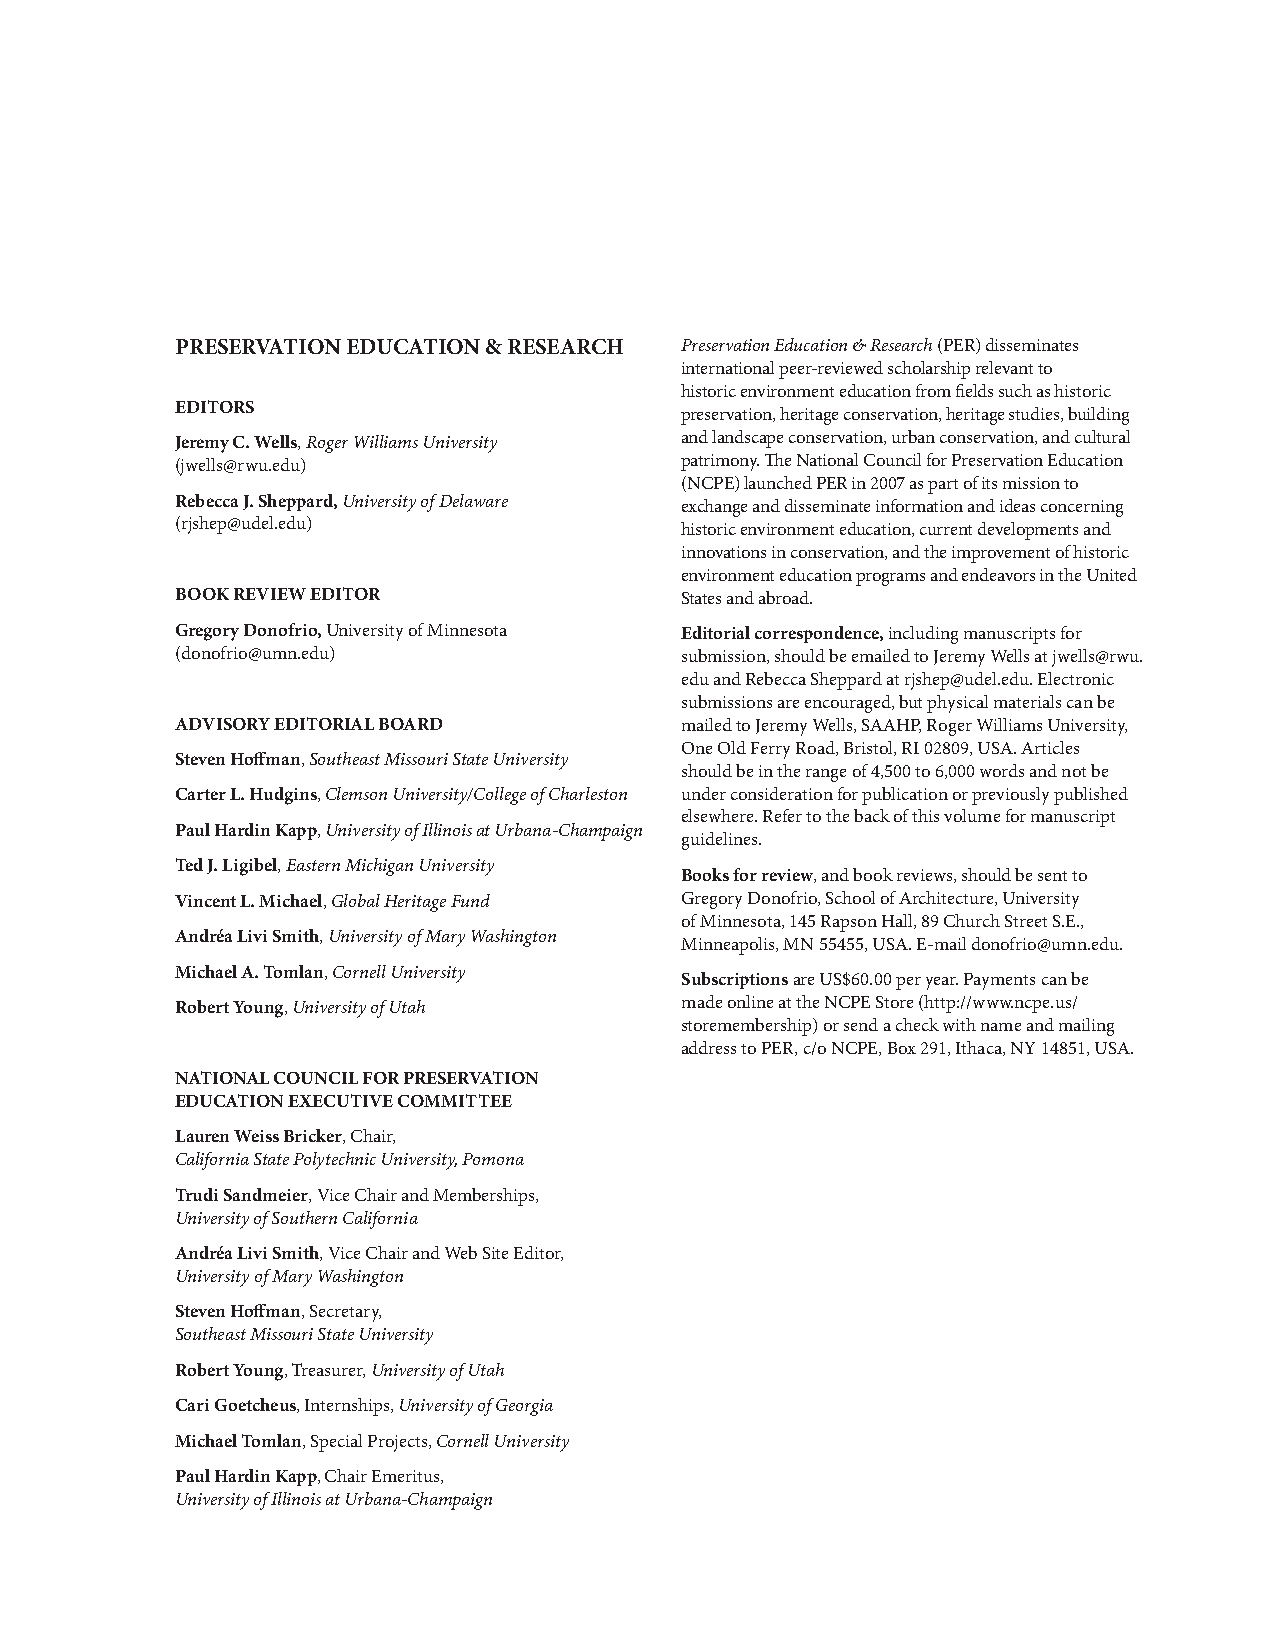
PRESERVATION EDUCATION & RESEARCH Preservation Education & Research (PER) disseminates
 international peer-reviewed scholarship relevant to
 historic environment education from fields such as historic
 EDITORS
 preservation, heritage conservation, heritage studies, building
 Jeremy C. Wells, Roger Williams University and landscape conservation, urban conservation, and cultural
 (jwells@rwu.edu)                 patrimony. The National Council for Preservation Education
 (NCPE) launched PER in 2007 as part of its mission to
 Rebecca J. Sheppard, University of Delaware exchange and disseminate information and ideas concerning
 (rjshep@udel.edu)                historic environment education, current developments and
 innovations in conservation, and the improvement of historic
 environment education programs and endeavors in the United
 BOOK REVIEW EDITOR               States and abroad.
 Gregory Donofrio, University of Minnesota Editorial correspondence, including manuscripts for
 (donofrio@umn.edu)               submission, should be emailed to Jeremy Wells at jwells@rwu.
 edu and Rebecca Sheppard at rjshep@udel.edu. Electronic
 submissions are encouraged, but physical materials can be
 ADVISORY EDITORIAL BOARD         mailed to Jeremy Wells, SAAHP, Roger Williams University,
 One Old Ferry Road, Bristol, RI 02809, USA. Articles
 Steven Hoffman, Southeast Missouri State University
 should be in the range of 4,500 to 6,000 words and not be
 Carter L. Hudgins, Clemson University/College of Charleston under consideration for publication or previously published
 elsewhere. Refer to the back of this volume for manuscript
 Paul Hardin Kapp, University of Illinois at Urbana-Champaign
 guidelines.
 Ted J. Ligibel, Eastern Michigan University
 Books for review, and book reviews, should be sent to
 Vincent L. Michael, Global Heritage Fund Gregory Donofrio, School of Architecture, University
 of Minnesota, 145 Rapson Hall, 89 Church Street S.E.,
 Andréa Livi Smith, University of Mary Washington
 Minneapolis, MN 55455, USA. E-mail donofrio@umn.edu.
 Michael A. Tomlan, Cornell University
 Subscriptions are US$60.00 per year. Payments can be
 Robert Young, University of Utah made online at the NCPE Store (http://www.ncpe.us/
 storemembership) or send a check with name and mailing
 address to PER, c/o NCPE, Box 291, Ithaca, NY 14851, USA.
 NATIONAL COUNCIL FOR PRESERVATION
 EDUCATION EXECUTIVE COMMITTEE
 Lauren Weiss Bricker, Chair,
 California State Polytechnic University, Pomona
 Trudi Sandmeier, Vice Chair and Memberships,
 University of Southern California
 Andréa Livi Smith, Vice Chair and Web Site Editor,
 University of Mary Washington
 Steven Hoffman, Secretary,
 Southeast Missouri State University
 Robert Young, Treasurer, University of Utah
 Cari Goetcheus, Internships, University of Georgia
 Michael Tomlan, Special Projects, Cornell University
 Paul Hardin Kapp, Chair Emeritus,
 University of Illinois at Urbana-Champaign